DOW-UAP-D49, Launch Summary, Vandenberg AFB, 2000
Agency: Department of War
Incident date: 2/3/00
Page 25
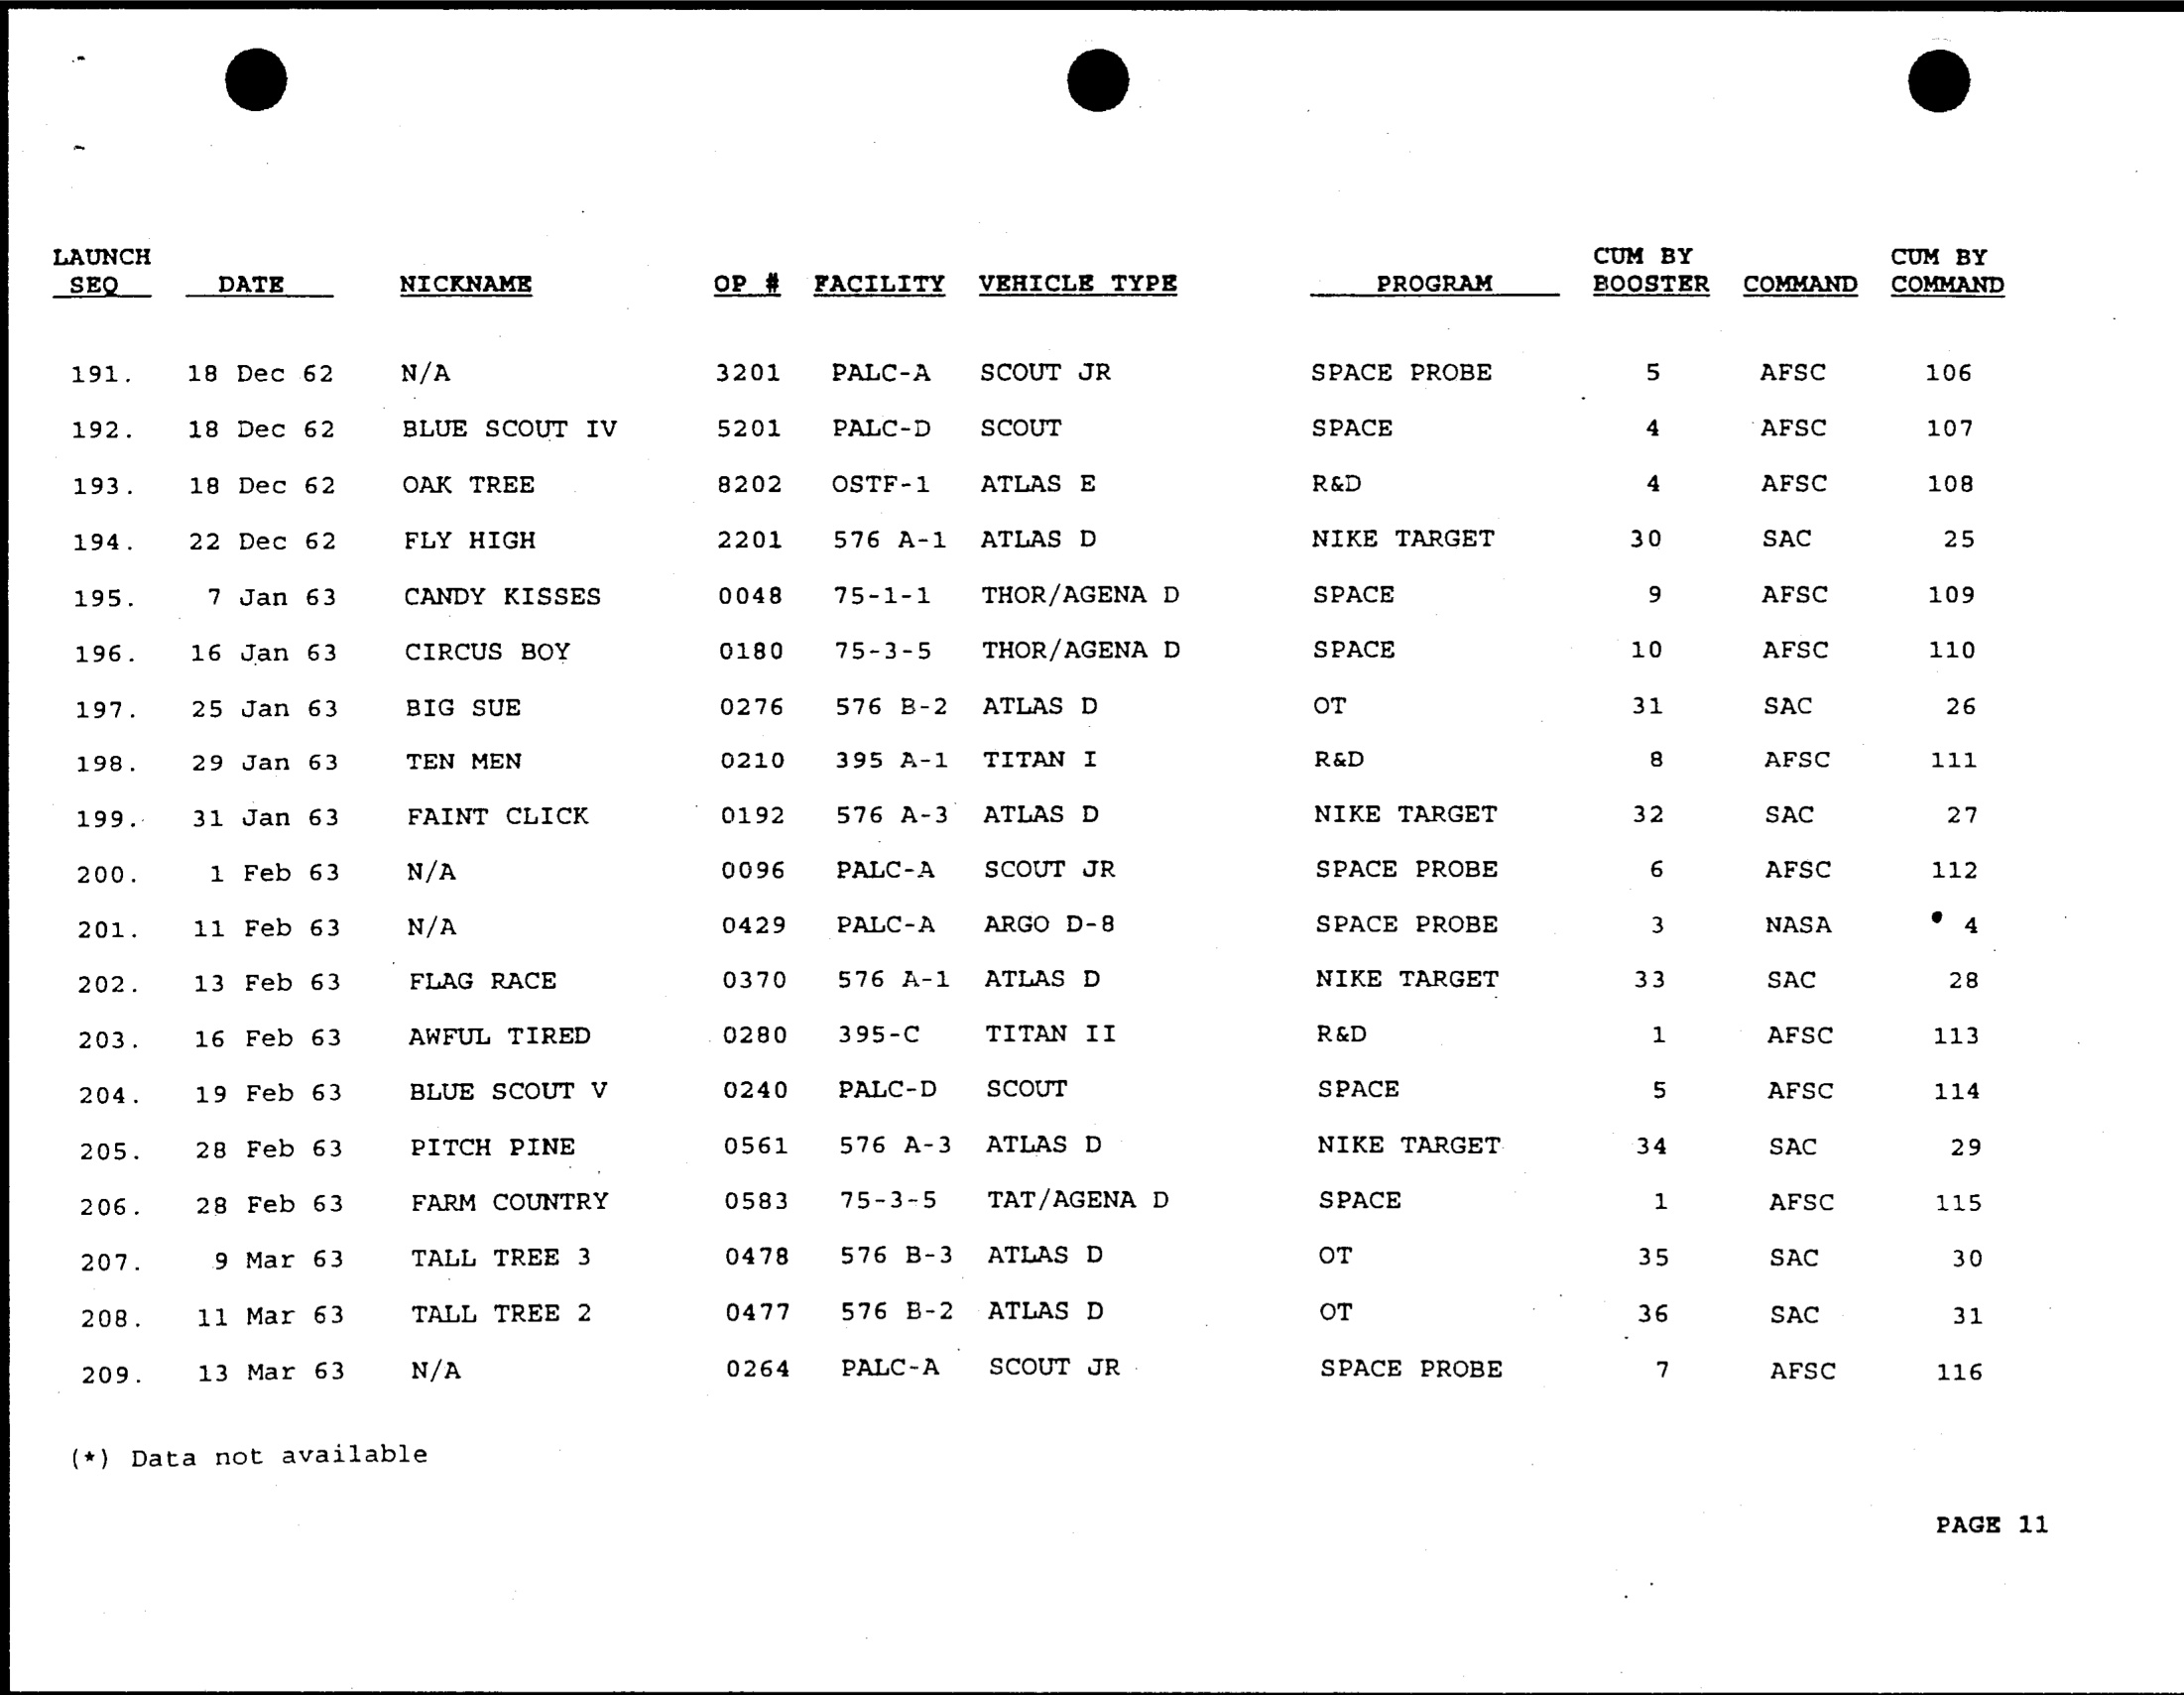